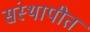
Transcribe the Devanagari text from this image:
संस्थापीत